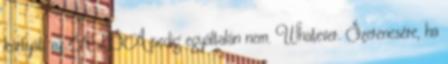
kártyát, az ALSA pedig egyáltalán nem. Whatever. Szerencsére, ha